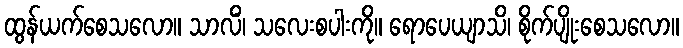
ထွန်ယက်စေသလော။ သာလိံ၊ သလေးစပါးကို။ ရောပေယျာသိ၊ စိုက်ပျိုးစေသလော။